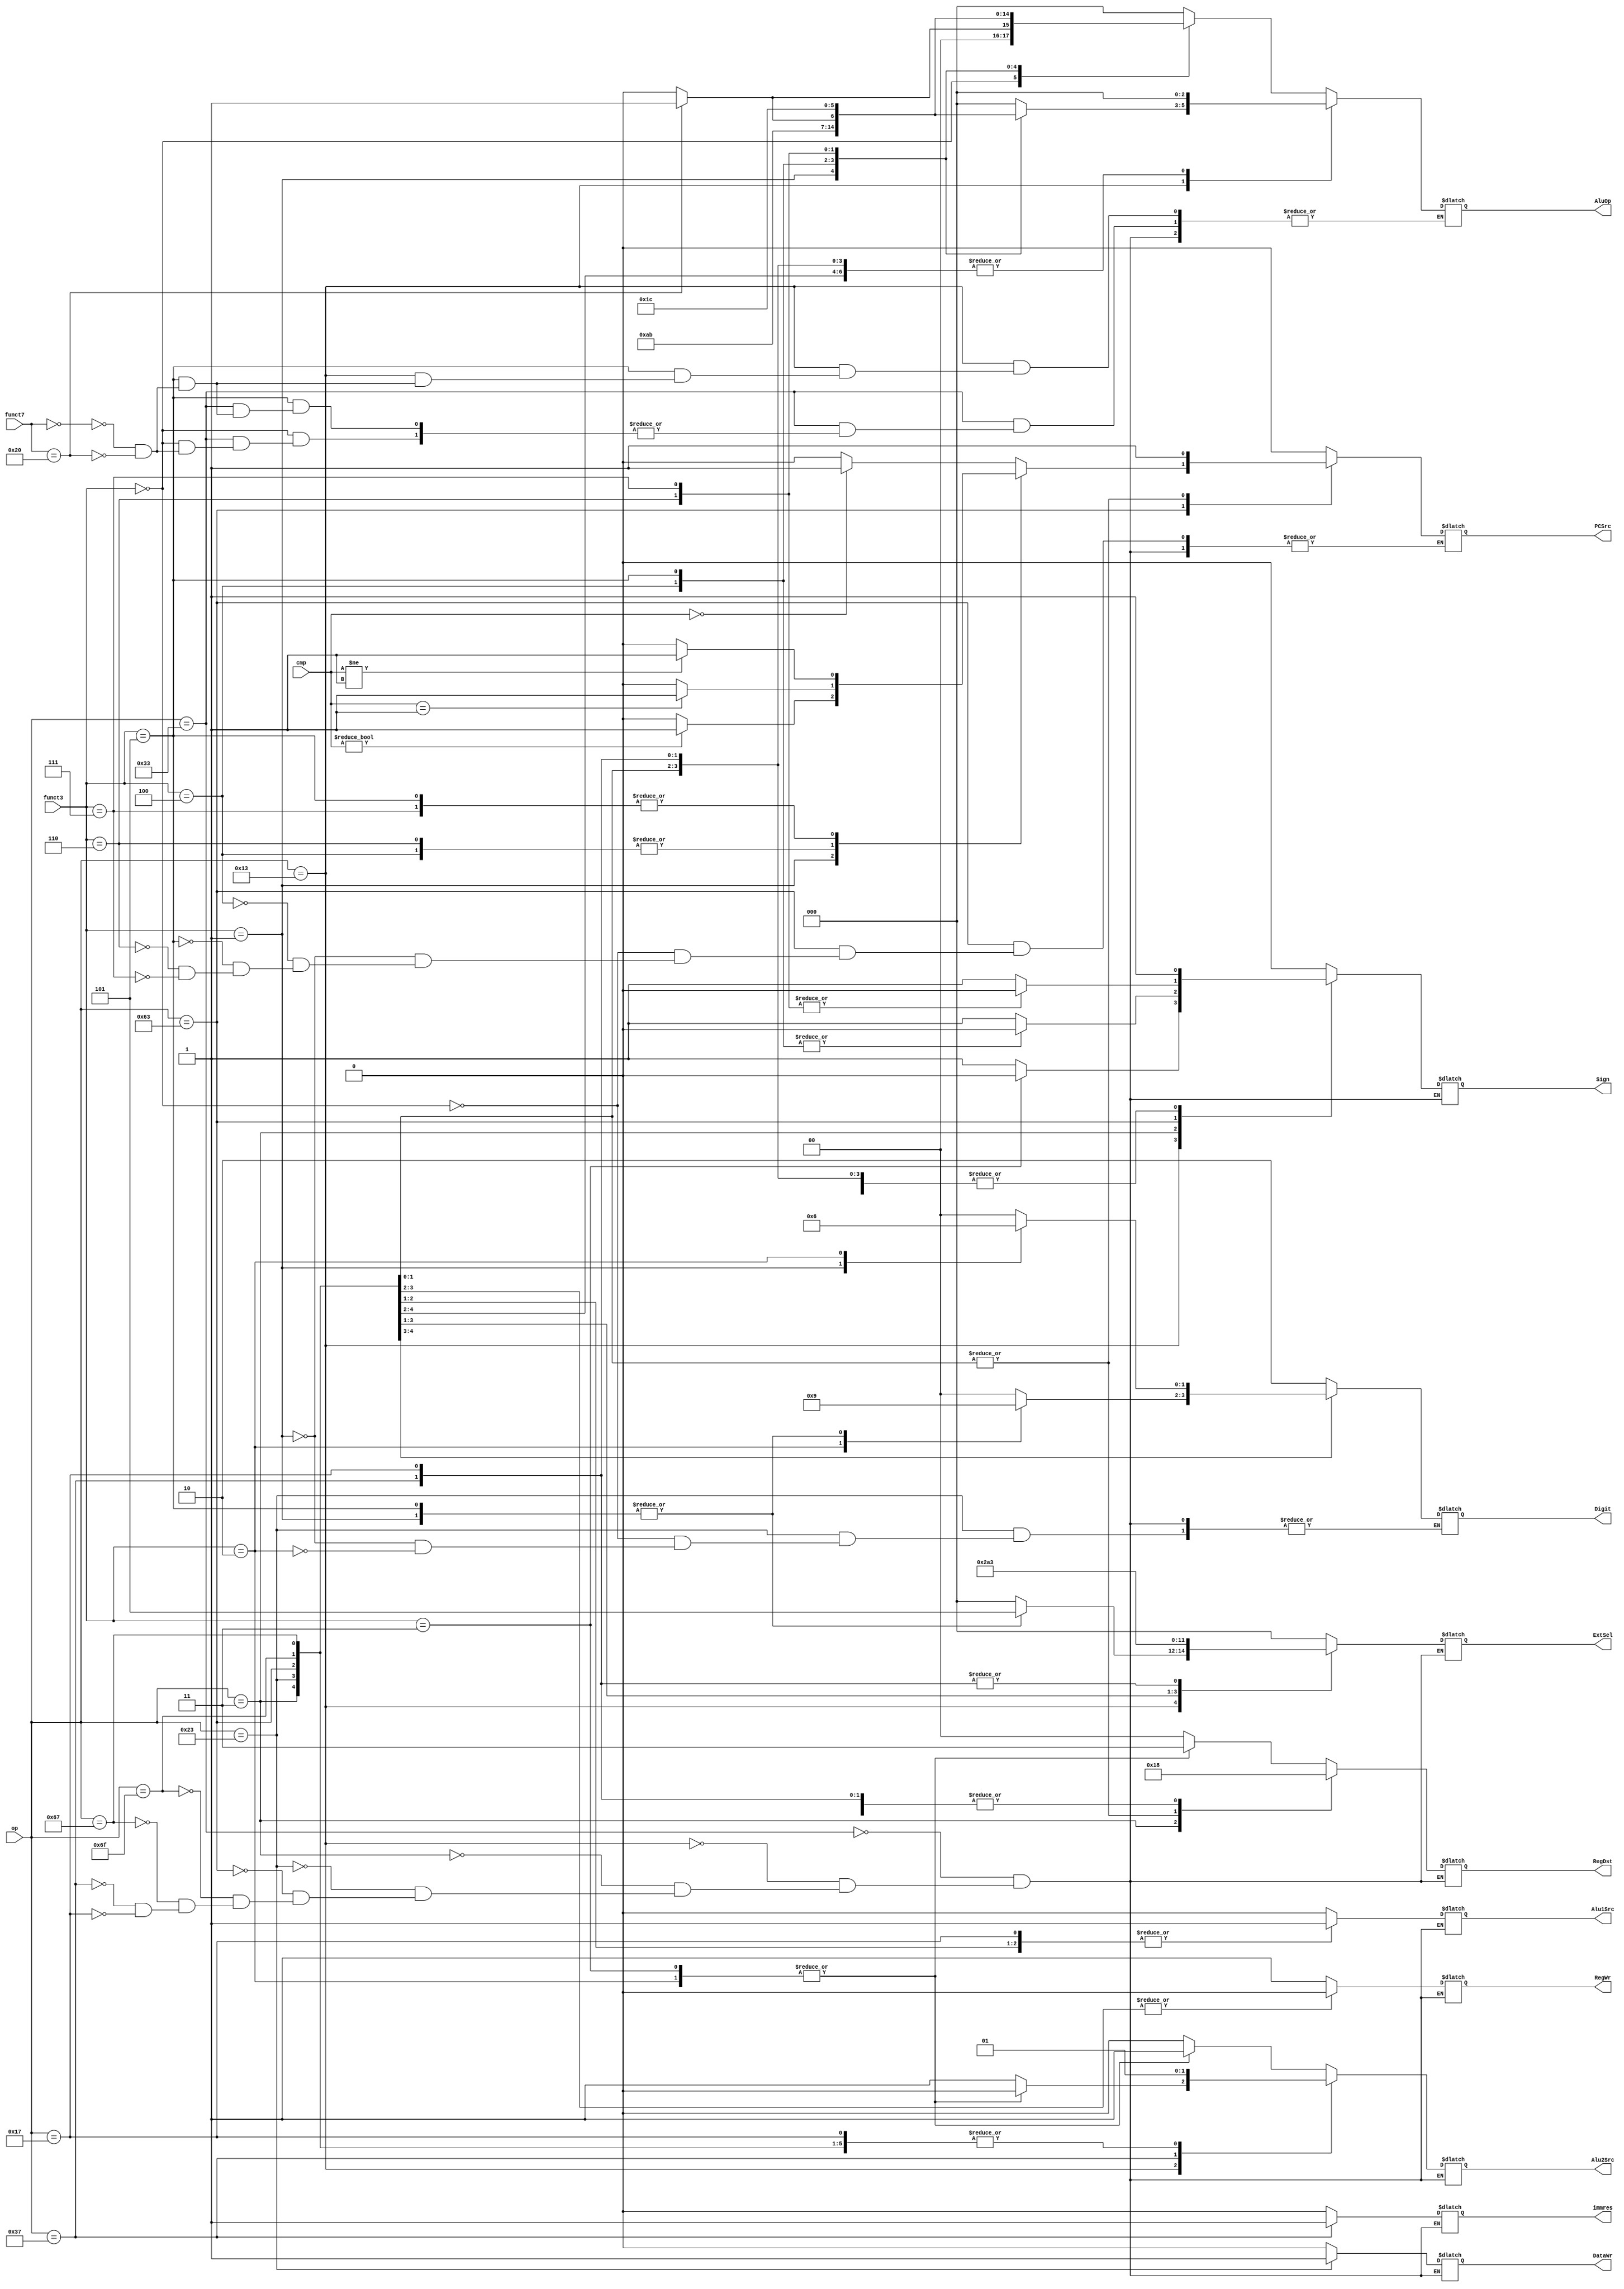
module ControlUnit(
        input [1:0] cmp, 
        input [6:0] op,         
        input [2:0] funct3,   
        input [6:0] funct7,    
        output reg PCSrc,    
        output reg[2:0] AluOp,  
        output reg Alu1Src,  
        output reg Alu2Src, 
        output reg[1:0] RegDst,
        output reg RegWr,   
        output reg[2:0] ExtSel, 
        output reg Sign,    
        output reg[1:0] Digit, 
        output reg DataWr,   
        output reg immres   
);


always@(cmp,op,funct3,funct7)
	begin
		case(op)
			7'b0110011:
			begin

			PCSrc   =1'b0;
			Alu1Src =1'b0;
			RegWr   =1'b1;
			Digit   =2'b10;
			DataWr  =1'b0;
			ExtSel=3'b000;// no relationship
			Sign  =1'b0;//no relationship

			case(funct3)
				3'b010:begin
					Alu2Src=1'b1;
					RegDst=2'b11;
				end
				3'b011:begin
					Alu2Src=1'b1;
					RegDst=2'b11;
				end
				default:begin
					Alu2Src=1'b0;
					RegDst=2'b00;
				end
			endcase

			case(funct3)
				3'b000:begin
					case(funct7)
						7'b0000000:begin
						AluOp=3'b000;
						end
						7'b0100000:begin
						AluOp=3'b001;
						end
					endcase
				end
				3'b001:begin
				AluOp=3'b101;
				end
				3'b100:begin
				AluOp=3'b010;
				end
				3'b101:begin
					case(funct7)
						7'b0000000:begin
						AluOp=3'b110;
						end
						7'b0100000:begin
						AluOp=3'b111;
						end
					endcase
				end
				3'b110:begin
				AluOp=3'b011;
				end
				3'b111:begin
				AluOp=3'b100;
				end
				default:begin
				AluOp=3'b000;
				end
			endcase
				immres= 1'b0; 

			end

			7'b0010011:
			begin

			//I with no load
				PCSrc=1'b0;
				Alu1Src=1'b0;
				RegWr=1'b1;
				Digit=2'b10;
				DataWr=1'b0;
				case(funct3)
					3'b000:begin
					AluOp=3'b000;
					end
					3'b001:begin
					AluOp=3'b101;
					end
					3'b100:begin
					AluOp=3'b010;
					end
					3'b101:begin
						case(funct7)
							7'b0000000:begin
							AluOp=3'b110;
							end
							7'b0100000:begin
							AluOp=3'b111;
							end
						endcase
					end
					3'b110:begin
					AluOp=3'b011;
					end
					3'b111:begin
					AluOp=3'b100;
					end
					default:begin
					AluOp=3'b000;
					end
				endcase

				case(funct3)
					3'b010:begin
					Alu2Src=1'b0;
					end
					3'b011:begin
					Alu2Src=1'b0;
					end
					default:begin
					Alu2Src=1'b1;
					end
				endcase

				case(funct3)
					3'b010:begin
					RegDst=2'b11;
					end
					3'b011:begin
					RegDst=2'b11;
					end
					default:begin
					RegDst=2'b00;
					end
				endcase

				case(funct3)
					3'b001:begin
					ExtSel=3'b101;
					end
					3'b101:begin
					ExtSel=3'b101;
					end
					default:begin
					ExtSel=3'b000;
					end
				endcase

				case(funct3)
					3'b011:begin
					Sign=1'b0;
					end
					default:begin
					Sign=1'b1;
					end
				endcase
				immres= 1'b0; 

			end
			7'b0000011:
			begin
			//I with load
				PCSrc=1'b0;
				AluOp=3'b000;
				Alu1Src=1'b0;
				Alu2Src=1'b1;
				RegDst=2'b01;
				RegWr=1'b1;
				ExtSel=3'b000;
				DataWr=1'b0;

				case(funct3)
					3'b100:Sign=1'b0;
					3'b101:Sign=1'b0;
				default:Sign=1'b1;
				endcase
				case(funct3)
					3'b001:Digit=2'b01;
					3'b010:Digit=2'b10;
					3'b101:Digit=2'b01;
				default:Digit=2'b00;
				endcase
				immres= 1'b0; 

			end

			7'b0100011:
			//S	
			begin
				PCSrc=1'b0;
				AluOp=3'b000;
				Alu1Src=1'b0;
				Alu2Src=1'b1;
				RegDst=2'b00;
				RegWr=1'b0;
				ExtSel=3'b001;
				Sign=1'b1;
				DataWr=1'b1;
				case(funct3)
					3'b000:Digit=2'b00;
					3'b001:Digit=2'b01;
					3'b010:Digit=2'b10;
				endcase
				immres= 1'b0; 

			end

			7'b1100011:
			begin
			//SB
			/*
			Due to the peculiarities of SB-type instructions and the fact that 
			we do not select their determined output in the ALI, we are going to 
			select the corresponding output according to the cmp here
				*/
				case(funct3)
					3'b000:PCSrc= (cmp==2'b00) ? 1'b1:1'b0;
					3'b001:PCSrc= (cmp!=2'b00) ? 1'b1:1'b0;
					3'b100:PCSrc= (cmp==2'b01) ? 1'b1:1'b0;
					3'b101:PCSrc= (cmp!=2'b01) ? 1'b1:1'b0;
					3'b110:PCSrc= (cmp==2'b01) ? 1'b1:1'b0;
					3'b111:PCSrc= (cmp!=2'b01) ? 1'b1:1'b0;
				endcase

				AluOp=3'b000;
				Alu1Src=1'b1;
				Alu2Src=1'b1;
				RegDst=2'b00;
				RegWr=1'b0;
				ExtSel=3'b010;
				Digit=2'b10;
				DataWr=1'b0;
				case(funct3)
					3'b110:Sign=1'b0;
					3'b111:Sign=1'b0;
					default:Sign=1'b1;
				endcase
				immres= 1'b0; 
			end
		// The other is a little bit spefic,we shall do it dandu
			7'b1101111:
			begin
				PCSrc=1'b1;
				AluOp=3'b000;
				Alu1Src=1'b1;
				Alu2Src=1'b1;
				RegDst=2'b10;
				RegWr=1'b1;
				ExtSel=3'b100;
				Sign=1'b1;
				Digit=2'b10;
				DataWr=1'b0;
				immres= 1'b0; 
			end
			7'b1100111:
			begin
				PCSrc=1'b1;
				AluOp=3'b000;
				Alu1Src=1'b0;
				Alu2Src=1'b1;
				RegDst=2'b10;
				RegWr=1'b1;
				ExtSel=3'b000;
				Sign=1'b1;
				Digit=2'b10;
				DataWr=1'b0;
				immres= 1'b0; 
			end
			7'b0110111:
			begin
				PCSrc=1'b0;
				AluOp=3'b000;
				Alu1Src=1'b0;
				Alu2Src=1'b0;
				RegDst=2'b00;
				RegWr=1'b1;
				ExtSel=3'b011;
				Sign=1'b1;
				Digit=2'b10;
				DataWr=1'b0;
				immres= 1'b1;   
			end
			7'b0010111:
			begin
				PCSrc=1'b0;
				AluOp=3'b000;
				Alu1Src=1'b1;
				Alu2Src=1'b1;
				RegDst=2'b00;
				RegWr=1'b1;
				ExtSel=3'b011;
				Sign=1'b1;
				Digit=2'b10;
				DataWr=1'b0;
				immres= 1'b0; 
			end
		endcase
	end



endmodule